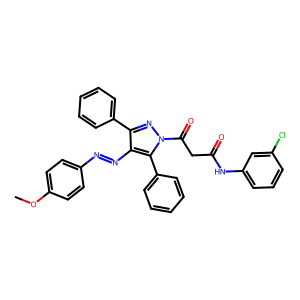
SMILES: COc1ccc(N=Nc2c(-c3ccccc3)nn(C(=O)CC(=O)Nc3cccc(Cl)c3)c2-c2ccccc2)cc1
Inhibits HIV replication: No